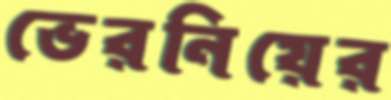
ভেরনিয়ের